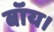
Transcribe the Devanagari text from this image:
बॉय।